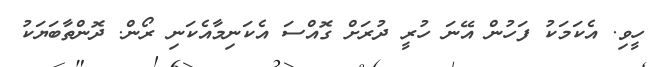
ހީވި. އެކަމަކު ފަހުން އޭނަ ހުރީ ދުރަށް ގޮއްސަ އެކަނިމާއެކަނި ރޯން. ދޮންތާބަޔަކު